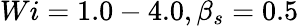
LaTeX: Wi=1.0-4.0,\beta_{s}=0.5